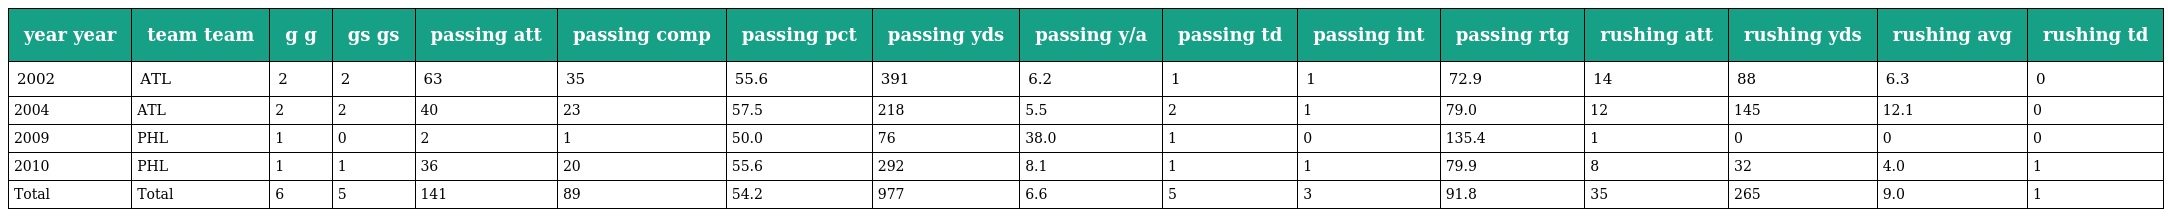
| year year | team team | g g | gs gs | passing att | passing comp | passing pct | passing yds | passing y/a | passing td | passing int | passing rtg | rushing att | rushing yds | rushing avg | rushing td |
 | --- | --- | --- | --- | --- | --- | --- | --- | --- | --- | --- | --- | --- | --- | --- | --- |
 | 2002 | ATL | 2 | 2 | 63 | 35 | 55.6 | 391 | 6.2 | 1 | 1 | 72.9 | 14 | 88 | 6.3 | 0 |
 | 2004 | ATL | 2 | 2 | 40 | 23 | 57.5 | 218 | 5.5 | 2 | 1 | 79.0 | 12 | 145 | 12.1 | 0 |
 | 2009 | PHL | 1 | 0 | 2 | 1 | 50.0 | 76 | 38.0 | 1 | 0 | 135.4 | 1 | 0 | 0 | 0 |
 | 2010 | PHL | 1 | 1 | 36 | 20 | 55.6 | 292 | 8.1 | 1 | 1 | 79.9 | 8 | 32 | 4.0 | 1 |
 | Total | Total | 6 | 5 | 141 | 89 | 54.2 | 977 | 6.6 | 5 | 3 | 91.8 | 35 | 265 | 9.0 | 1 |